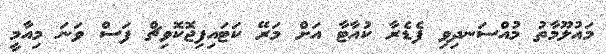
މައުލޫމާތު މުއްސަނދިވި ފެޑެރާ ކުއާޓާ އަށް މަރޭ ކަޓައިފިޖޮކޮވިޗް ފަސް ވަނަ މިއާމީ